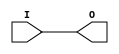
`timescale 1ns / 100ps

//
// Simulation testbench stubs for Xilinx modules...
//
module BUFG(I,O);
input I;
output O;
assign #1 O=I;
endmodule


module BUFGMUX(O,I0,I1,S);
input I0,I1,S;
output O;
assign #1 O = (S) ? I1 : I0;
endmodule


module DCM(CLKIN,PSCLK,PSEN,PSINCDEC,RST,CLK2X,CLK0,CLKFB);
input CLKIN, PSCLK, PSEN, PSINCDEC, RST, CLKFB;
output CLK2X, CLK0;

assign #1 CLK0 = CLKIN;

reg CLK2X;
initial CLK2X=0;
always @(posedge CLK0)
begin
  CLK2X = 1'b1;
  #5;
  CLK2X = 1'b0;
  #5;
  CLK2X = 1'b1;
  #5;
  CLK2X = 1'b0;
end
endmodule


module ODDR2(Q,D0,D1,C0,C1);
input D0,D1,C0,C1;
output Q;
reg Q;
initial Q=0;
always @(posedge C0) Q=D0;
always @(posedge C1) Q=D1;
endmodule


module RAMB16_S9(CLK, ADDR, DI, DIP, DO, DOP, EN, SSR, WE);
input CLK, EN, SSR, WE;
input [10:0] ADDR;
input [7:0] DI;
input DIP;
output [7:0] DO;
output DOP;

parameter WRITE_MODE = 0;

wire [10:0] #1 dly_ADDR = ADDR;
wire [8:0] #1 dly_DATA = {DIP,DI};
wire #1 dly_EN = EN;
wire #1 dly_WE = WE;

reg [8:0] mem[0:2047];

reg [7:0] DO;
reg DOP;

reg sampled_EN;
reg [8:0] rddata;

integer i;
initial
begin
  for (i=0; i<2048; i=i+1) mem[i] = 9'h15A;
end

always @(posedge CLK)
begin
  if (dly_EN && dly_WE) mem[dly_ADDR] = dly_DATA;
  rddata = mem[dly_ADDR];
  sampled_EN = dly_EN;
  #1;
  if (sampled_EN) {DOP,DO} = rddata; 
end
endmodule


module RAM16X1S (A0,A1,A2,A3,WCLK,WE,D,O);
input A0,A1,A2,A3,WCLK,WE,D;
output O;

reg mem[0:15];

wire #1 dly_WE = WE;
wire #1 dly_D = D;
wire [3:0] addr = {A3,A2,A1,A0};
wire [3:0] #1 dly_addr = addr;

always @(posedge WCLK)
begin
  if (dly_WE) mem[dly_addr] = dly_D;
end

reg [3:0] rdaddr;
reg O;
always @*
begin
  rdaddr = dly_addr;
  #1;
  O = mem[rdaddr];
end
endmodule


module RAM16X4S (A0,A1,A2,A3,WCLK,WE,D0,D1,D2,D3,O0,O1,O2,O3);
input A0,A1,A2,A3,WCLK,WE,D0,D1,D2,D3;
output O0,O1,O2,O3;
RAM16X1S bit0 (A0,A1,A2,A3,WCLK,WE,D0,O0);
RAM16X1S bit1 (A0,A1,A2,A3,WCLK,WE,D1,O1);
RAM16X1S bit2 (A0,A1,A2,A3,WCLK,WE,D2,O2);
RAM16X1S bit3 (A0,A1,A2,A3,WCLK,WE,D3,O3);
endmodule


module SRLC16E (A0,A1,A2,A3,CLK,CE,D,Q15,Q);
input A0,A1,A2,A3,CLK,CE,D;
output Q15,Q;

reg [15:0] mem;

wire #1 dly_CE = CE;
wire #1 dly_D = D;
wire [3:0] addr = {A3,A2,A1,A0};
wire [3:0] #1 dly_addr = addr;

assign Q15 = mem[15];

always @(posedge CLK)
begin
  if (dly_CE) mem = {mem,dly_D};
end

reg [3:0] rdaddr;
reg Q;
always @*
begin
  rdaddr = dly_addr;
  #1;
  Q = mem[rdaddr];
end
endmodule


module MUXCY (S,CI,DI,O);
input S,CI,DI;
output O;
reg O;
always @* begin #0.1; O = (S) ? CI : DI; end
endmodule